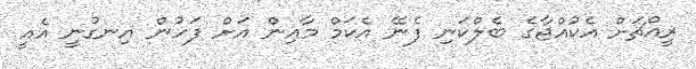
ރީއްޗަށް އެކުއްޖާގެ ބެލްކަނި ފެނޭ އެކަމް މާއިން އަށް ފަހުން އިނގުނީ އެއީ